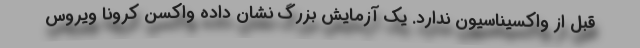
قبل از واکسیناسیون ندارد. یک آزمایش بزرگ نشان داده واکسن کرونا ویروس